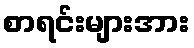
စာရင်းများအား